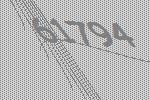
61794